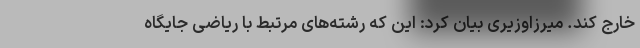
خارج کند. میرزاوزیری بیان کرد: این که رشته‌های مرتبط با ریاضی جایگاه